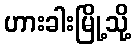
ဟားခါးမြို့သို့